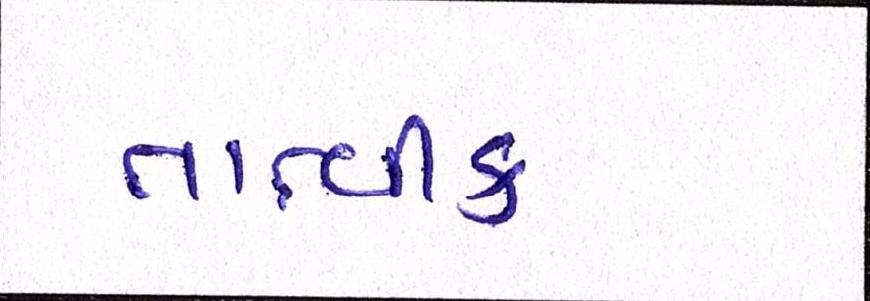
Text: તાત્વીક